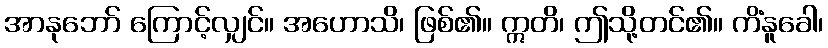
အာနုဘော် ကြောင့်လျှင်။ အဟောသိ၊ ဖြစ်၏။ ဣတိ၊ ဤသို့တင်၏။ ကိံနူခေါ၊